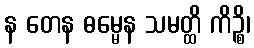
န တေန ဓမ္မေန သမတ္ထိ ကိဉ္စိ၊